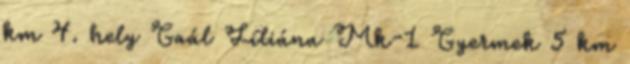
km 4. hely Gaál Liliána Mk-1 Gyermek 5 km